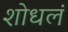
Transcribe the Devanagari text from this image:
शोधलं